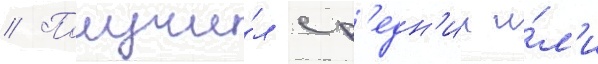
// Получи́л ср'едн'ии и́л'и